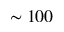
\sim 1 0 0